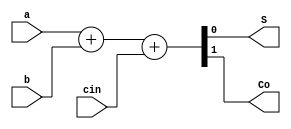
module  fa(input wire  a, b, cin, output wire S, Co);
    // 1-bit Full Adder (FA) module
   
   assign {Co, S} = a + b + cin; 
endmodule 



module rca(input wire [3:0] v1, v2, input wire Cin, output wire [3:0] Sum, output wire Cout);

   // 4-bit Ripple Carry Adder module using four Full Adder (FA) mdoules
   
   // Input ports: 4-bit operands for addition  "v1, v2", and carry input to adder "Cin"
   // Output ports: 4-bit result of addition "Sum" and carry out signal "Carry"
   
   wire c0, c1, c2, c3;  // Carry-out from each full adder used as carry-in for the next bit

   assign c0 = Cin;

   // Instantiate 4 FA  modules fa0, fa1, fa2, fa3 and connect carry-out of one FA to the carry-in of the next.
   fa  fa0(v1[0], v2[0], c0, Sum[0], c1);  
   fa  fa1(v1[1], v2[1], c1, Sum[1], c2);
   fa  fa2(v1[2], v2[2], c2, Sum[2], c3);
   fa  fa3(v1[3], v2[3], c3, Sum[3], Cout);  

endmodule


module rca_tb;                     // Testbench program will exercise module "rca"  with input test vectors
   
   reg [3:0] p, q;                  // Testbench variables used as inputs to "rca" 
   wire [3:0] SUM;                  // Testbench variable used as outputs from "rca"
   wire       CARRY_OUT;            // Testbench variable used as outputs from "rca"
   
   rca  myRCA(p, q, 1'b0, SUM, CARRY_OUT);     // Create an instance of "rca" called "myRCA"
                                               // "myRCA" inputs driven by signals  p,q and 1-bit 0
                                               // "myRCA" outputs drive 4-bit signal SUM and 1-bit signal CARRY_OUT
   initial begin
      p = 4'b0;                   // Initialize p and q to 0
      q = 4'b0; 
      $display("Time\tp\tq\tSUM\tCARRY_OUT");
   end

   integer i, j;  // Regular program variables used here for sequencing
	 
   always @(*) begin
      for (i=0; i < 16; i = i+1) begin
            for (j=0; j < 16; j = j+1) begin
	       #1;     $display("%3d\t%x\t%x\t %x\t   %x", $time, p, q, SUM, CARRY_OUT);
	      {p, q} = {p, q} + 1;  // Cycle through the 256 possible input assignemnts
	    end
	 end
      $finish;      
   end
   
endmodule